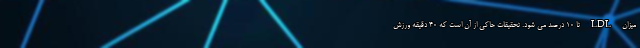
میزان LDL تا 10 درصد می شود. تحقیقات حاکی از آن است که 40 دقیقه ورزش